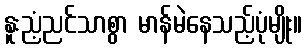
နူးညံ့ညင်သာစွာ မာန်မဲနေသည့်ပုံမျိုး။